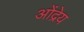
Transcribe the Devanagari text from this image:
ओंद्रेय